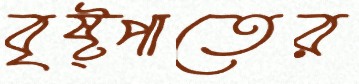
বৃষ্ট্পাতের